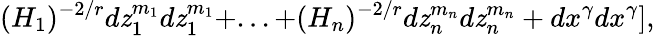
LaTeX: (H_{1})^{-2/r}d\mathit{z}_{1}^{m_{1}}d\mathit{z}_{1}^{m_{1}}+...+(H_{n})^{-2/r}d\mathit{z}_{n}^{m_{n}}d\mathit{z}_{n}^{m_{n}}+dx^{\gamma}dx^{\gamma}],